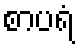
စာပရံ